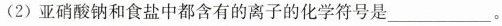
(2)亚硝酸钠和食盐中都含有的离子的化学符号是___。